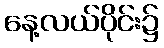
နေ့လယ်ပိုင်း၌